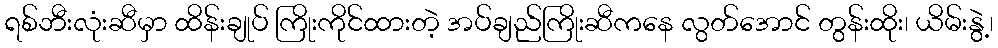
ရစ်ဘီးလုံးဆီမှာ ထိန်းချုပ် ကြိုးကိုင်ထားတဲ့ အပ်ချည်ကြိုးဆီကနေ လွတ်အောင် တွန်းထိုး၊ ယိမ်းနွဲ့၊